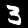
Label: 3